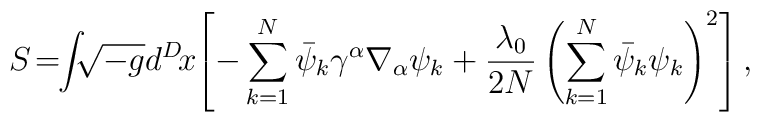
S\! =\!\! \int\!\!\! \sqrt{-g} d^{D}\! x\! \left[     -\sum^{N}_{k=1}\bar{\psi}_{k}\gamma^{\alpha}\nabla_{\alpha}\psi_{k}     +\frac{\lambda_0}{2N}      \left(\sum^{N}_{k=1}\bar{\psi}_{k}\psi_{k}\right)^{2}     \right] ,